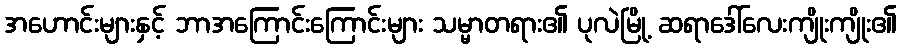
အဟောင်းများနှင့် ဘာအကြောင်းကြောင်းများ သမ္မာတရား၏ ပုလဲမြို့ ဆရာဒေါ်လေးကျိုးကျိုး၏